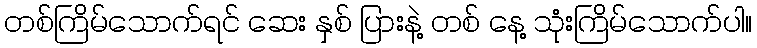
တစ်ကြိမ်သောက်ရင် ဆေး နှစ် ပြားနဲ့ တစ် နေ့ သုံးကြိမ်သောက်ပါ။